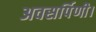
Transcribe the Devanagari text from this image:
अवसर्पिणी।